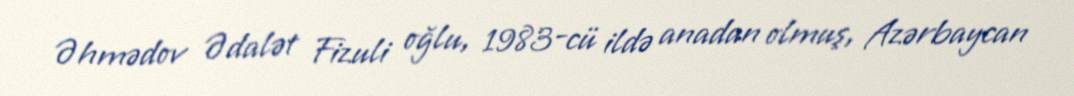
Əhmədov Ədalət Fizuli oğlu, 1983-cü ildə anadan olmuş, Azərbaycan